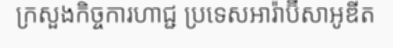
ក្រសួងកិច្ចការហាជ្ជ ប្រទេសអារ៉ាប៊ីសាអូឌីត